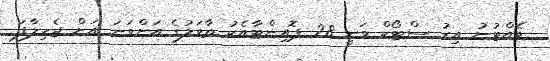
ވެއްޓުނު އިރު ސްޓޯކް ވަނީ 28 ޕޮއިންޓާއެކު ތާވަލުގެ އަށްވަނަ އަށް ޖެހިލާފަ